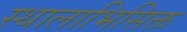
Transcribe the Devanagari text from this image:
स्थालाभिसिक्त